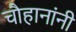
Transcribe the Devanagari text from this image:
चाैहानांनी